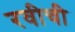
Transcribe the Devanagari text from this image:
रवीची